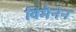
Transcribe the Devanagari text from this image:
विमैनेन